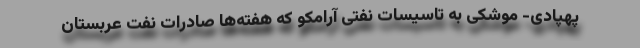
پهپادی- موشکی به تاسیسات نفتی آرامکو که هفته‌ها صادرات نفت عربستان